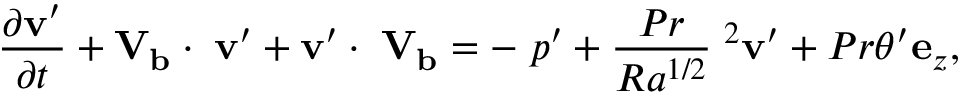
\frac { \partial { \mathbf { v } } ^ { \prime } } { \partial t } + \mathbf { V _ { b } } \cdot \mathbf { \nabla { \mathbf { v } } ^ { \prime } } + { \mathbf { v } } ^ { \prime } \cdot \mathbf { \nabla \mathbf { V _ { b } } } = - \mathbf { \nabla } { p } ^ { \prime } + \frac { P r } { R a ^ { 1 / 2 } } \mathbf { \nabla } ^ { 2 } { \mathbf { v } } ^ { \prime } + P r { \theta } ^ { \prime } \mathbf { e } _ { z } ,